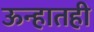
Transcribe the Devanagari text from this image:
ऊन्हातही